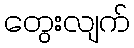
တွေးလျက်